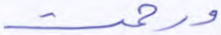
ورحمت